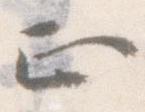
正